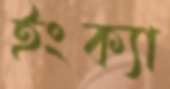
ইংক্যা